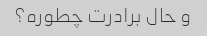
و حال برادرت چطوره؟